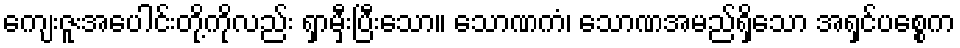
ကျေးဇူးအပေါင်းတို့ကိုလည်း ရှာမှီးပြီးသော။ သောဏကံ၊ သောဏအမည်ရှိသော အရှင်ပစ္စေက